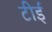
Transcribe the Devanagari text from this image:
टीई